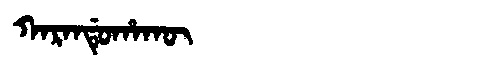
Manchu: ᡴᠠᡵᠠᠨᡩᡠᡥᠠᡴᡡ
Romanization: KARANDUHAKŪ